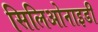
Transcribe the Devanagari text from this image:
सिलिओनाइडी